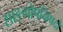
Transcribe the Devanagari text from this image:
साङ्गोपनिषदो